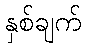
နှစ်ချက်